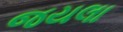
જયલા